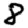
Digit: 8